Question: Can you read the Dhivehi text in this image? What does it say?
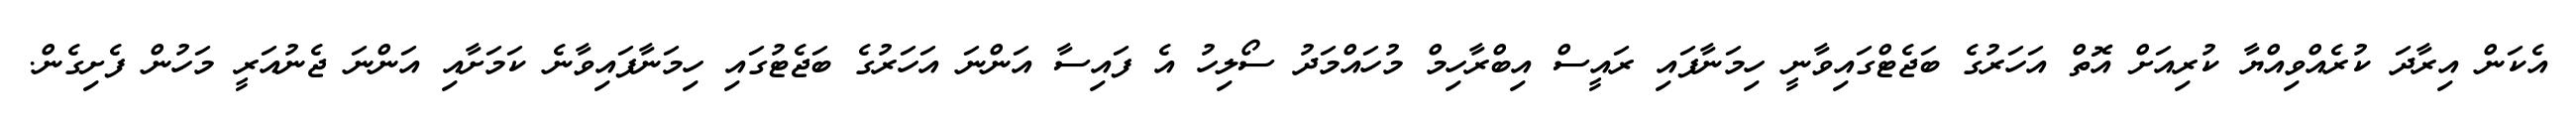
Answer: އެކަން އިރާދަ ކުރެއްވިއްޔާ ކުރިއަށް އޮތް އަހަރުގެ ބަޖެޓްގައިވާނީ ހިމަނާފައި ރައީސް އިބްރާހިމް މުހައްމަދު ސޯލިހު އެ ފައިސާ އަންނަ އަހަރުގެ ބަޖެޓުގައި ހިމަނާފައިވާނެ ކަމަށާއި އަންނަ ޖެނުއަރީ މަހުން ފެށިގެން.